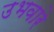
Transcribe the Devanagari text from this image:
उभवारे